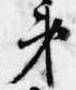
弟